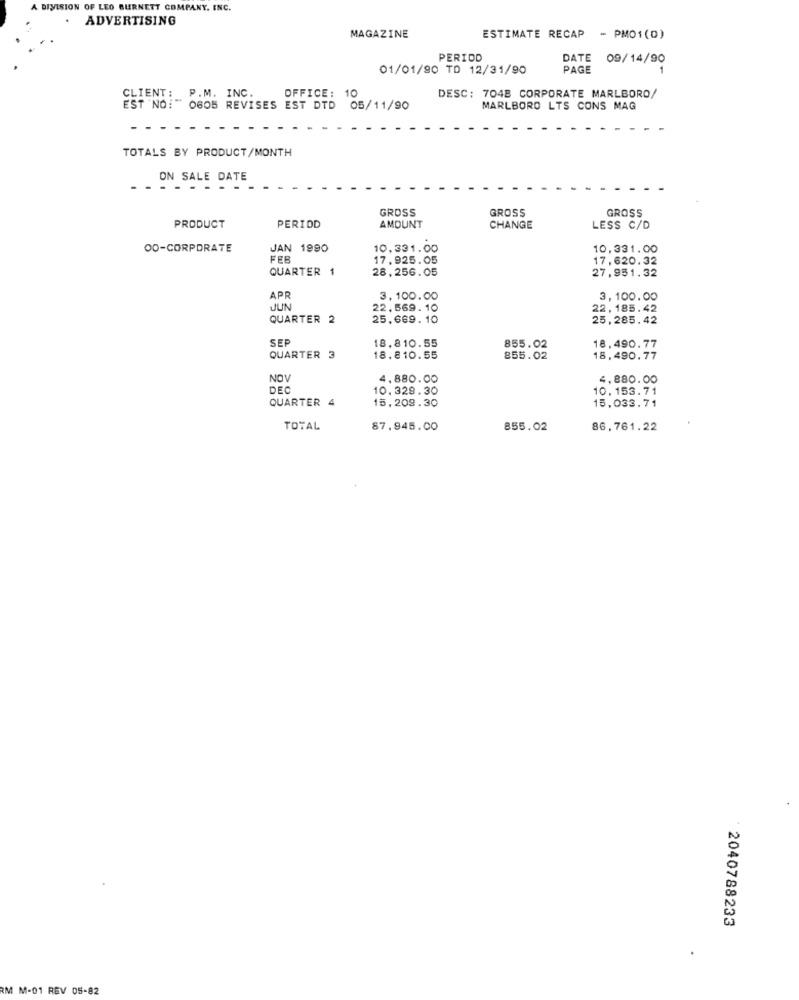
A DIVISION OF LEO BURNETT COMPANY, INC.
. ADVERTISING
MAGAZINE
ESTIMATE RECAP - PMO1(0)
PERIOD
DATE 09/14/90
01/01/90 TD 12/31/90
PAGE
CLIENT: P.M. INC.
OFFICE: 10
DESC: 704B CORPORATE MARLBORO/
EST NO:" 0605 REVISES EST DTD
05/11/90
MARLBORO LTS CONS MAG
- - --
TOTALS BY PRODUCT/MONTH
ON SALE DATE
GROSS
GROSS
GROSS
PRODUCT
PERIOD
AMOUNT
CHANGE
LESS C/D
00-CORPORATE
JAN 1990
10,331.00
10,331.00
FEB
17.925.05
17,620.32
QUARTER 1
28,256.05
27,951.32
APR
3.100.00
3,100.00
JUN
22.569. 10
22,185.42
QUARTER 2
25.669.10
25,285.42
SEP
18.810.55
855.02
18,490.77
QUARTER 3
18.810.55
855.02
18,490.77
NOV
4.880.00
4,880.00
DEC
10.329.30
10.153.71
QUARTER 4
15,209.30
15,033.71
TOTAL
87.945.00
855.02
86,761.22
2040788233
RM M-01 REV 05-82